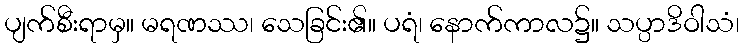
ပျက်စီးရာမှ။ မရဏဿ၊ သေခြင်း၏။ ပရံ၊ နောက်ကာလ၌။ သပ္ပာဒိဝါသံ၊